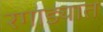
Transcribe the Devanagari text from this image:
रगाड्यात